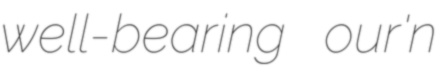
well-bearing our'n